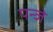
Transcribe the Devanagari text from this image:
पन्जे